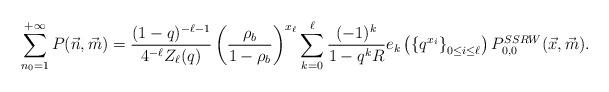
LaTeX: \begin{align*}\sum_{n_0=1}^{+\infty} P(\vec n, \vec m) = \frac{(1-q)^{-\ell-1}}{4^{-\ell} Z_{\ell}(q)} \left(\frac{\rho_b}{1-\rho_b}\right)^{x_{\ell}}\sum_{k=0}^{\ell} \frac{(-1)^k}{1-q^k R} e_k\left( \left\lbrace q^{x_i}\right\rbrace_{0\leq i\leq \ell}\right) P^{SSRW}_{0,0}(\vec x, \vec m).\end{align*}